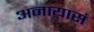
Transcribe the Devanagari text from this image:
अनायासं